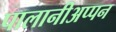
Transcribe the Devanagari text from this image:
पालानीअप्पन